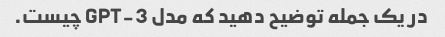
در یک جمله توضیح دهید که مدل GPT-3 چیست.